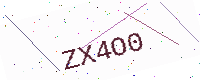
Text: ZX4O0